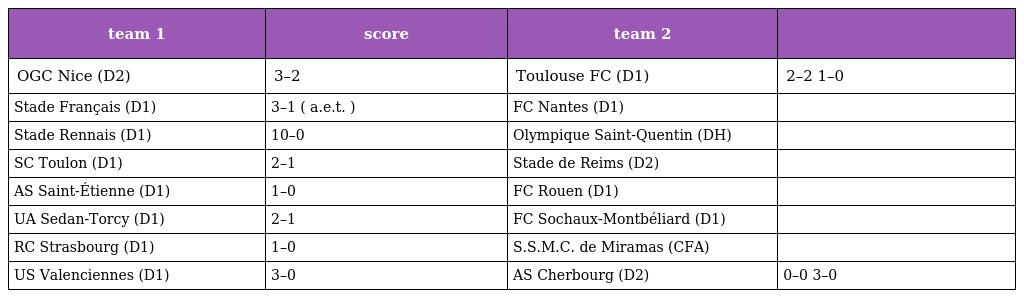
| team 1 | score | team 2 |  |
 | --- | --- | --- | --- |
 | OGC Nice (D2) | 3–2 | Toulouse FC (D1) | 2–2 1–0 |
 | Stade Français (D1) | 3–1 ( a.e.t. ) | FC Nantes (D1) |  |
 | Stade Rennais (D1) | 10–0 | Olympique Saint-Quentin (DH) |  |
 | SC Toulon (D1) | 2–1 | Stade de Reims (D2) |  |
 | AS Saint-Étienne (D1) | 1–0 | FC Rouen (D1) |  |
 | UA Sedan-Torcy (D1) | 2–1 | FC Sochaux-Montbéliard (D1) |  |
 | RC Strasbourg (D1) | 1–0 | S.S.M.C. de Miramas (CFA) |  |
 | US Valenciennes (D1) | 3–0 | AS Cherbourg (D2) | 0–0 3–0 |